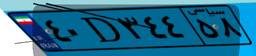
۴۹D۹۳۰۳۶